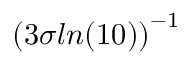
\left( 3 \sigma l n ( 1 0 ) \right) ^ { - 1 }